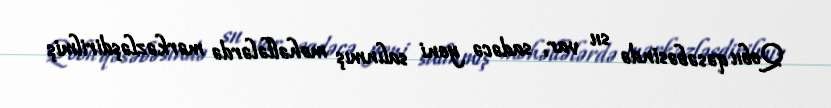
Qobu qəsəbəsində su var, sadəcə yeni salınmış məhəllələrdə mərkəzləşdirilmiş